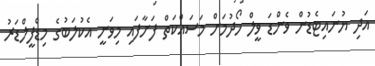
އަދި ޔުނައިޓެޑުން ވެންޑަ ވީލް ހޯދުމަށް މަސައްކަތް ފަށާފައި މިވަނީ އެކުލަބުގެ މިޑްފީލްޑަރު